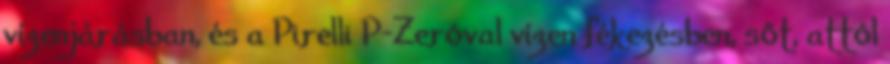
vízenjárásban, és a Pirelli P-Zeróval vízen fékezésben, sőt, attól